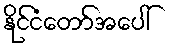
နိုင်ငံတော်အပေါ်